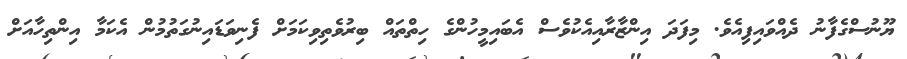
ޔޫނުސްގެފާނު ދެއްވައިފިއެވެ. މިފަދަ އިންޒާރާއިއެކުވެސް އެބައިމީހުންގެ ހިތްތައް ބިރުވެތިވިކަމަށް ފެނިވަޑައިނުގަތުމުން އެކަމާ އިންތިހާއަށް